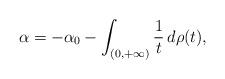
LaTeX: \begin{align*}\alpha=-\alpha_{0}-\int_{(0,+\infty)}\frac{1}{t}\,d\rho(t),\end{align*}